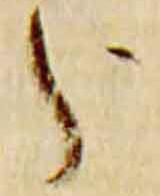
分